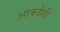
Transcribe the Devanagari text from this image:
आकडेही